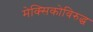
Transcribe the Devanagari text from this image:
मेक्सिकोविरुद्ध